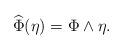
LaTeX: \begin{align*}\widehat{\Phi}(\eta)=\Phi\wedge\eta.\end{align*}